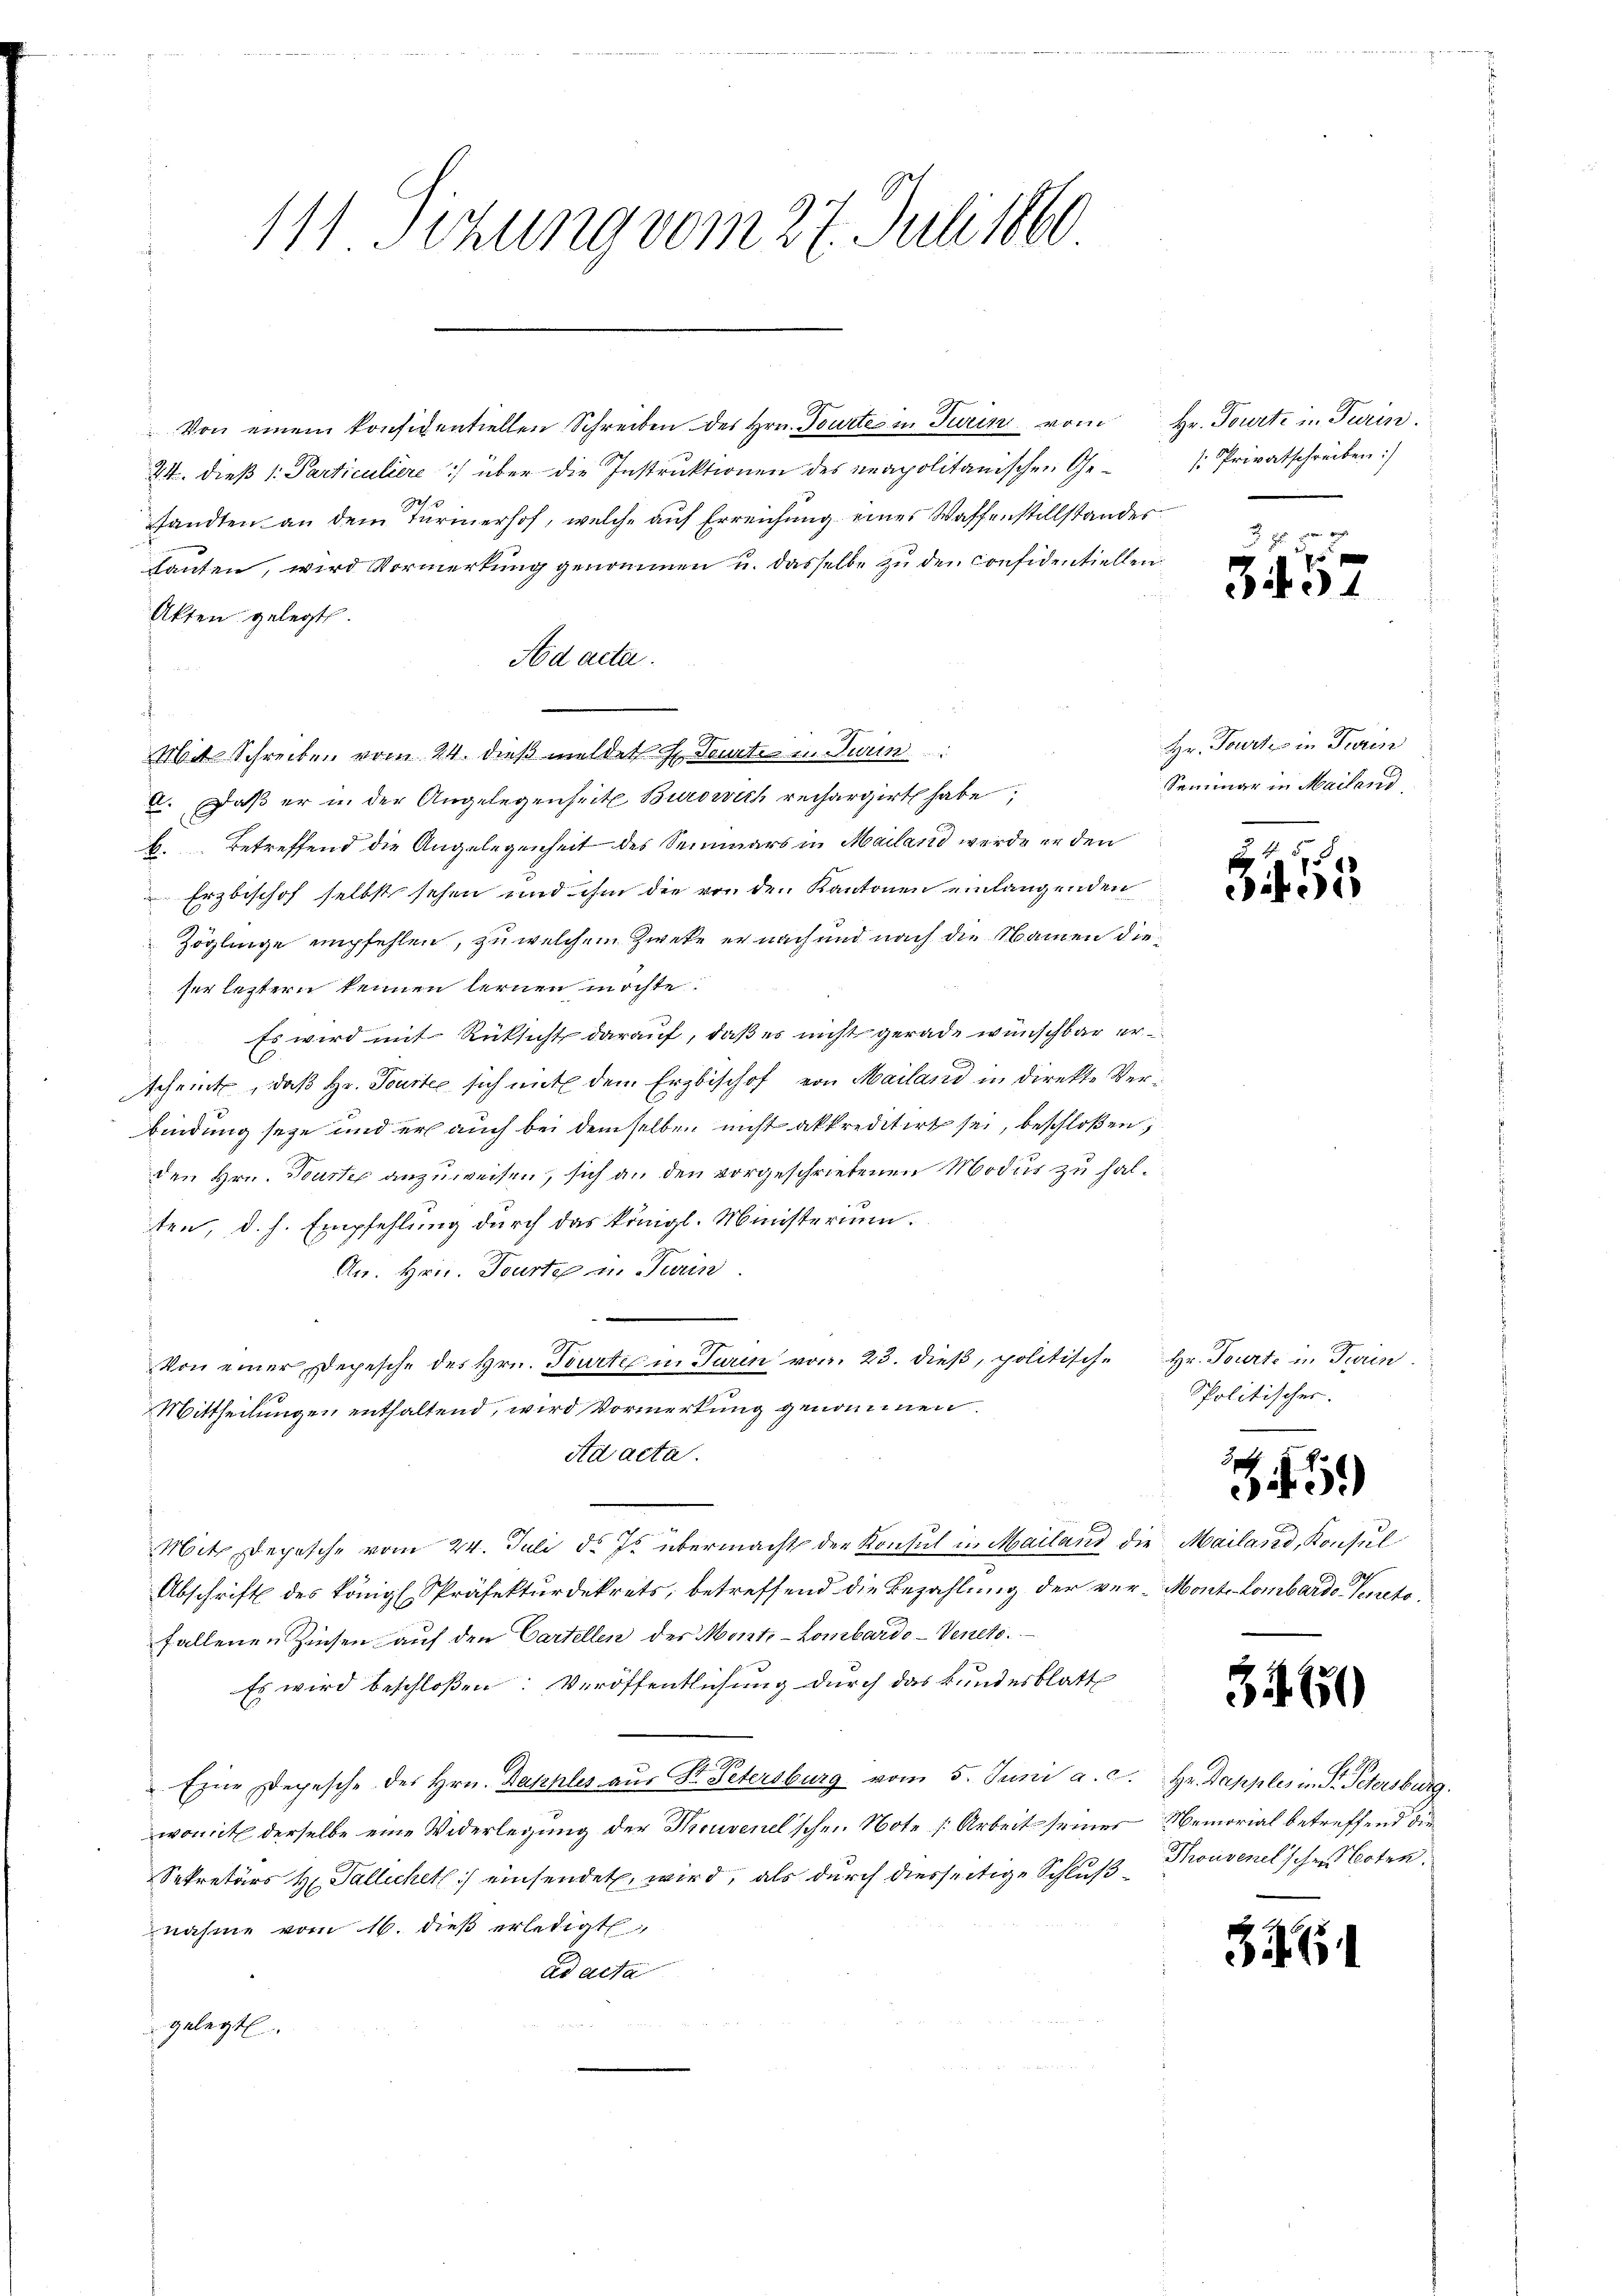
111. Sitzung vom 27. Juli 1860

Von einem konsidentiellen Schreiben des Hrn. Tourtes in Turin vom Hr. Tourti in Turin
24. dieß v. Particuliere) über die Instruktionen des neapolitanischen Gesandten an dem Turinerhof, welche auf Erreichung eines Waffenstillstandes
danten, wird Vormerkung genommen u. dasselbe zu den confidentiellen
Akten gelegt.
Ad acta.
Mit Schreiben vom 24. dieß meldet H. Tante in Turin
2. Daß er in der Angelegenheit Burswith rechargirt habe,
H. Betreffend die Angelegenheit des Semmers in Mailand werde er den
Erzbischof selbst sehen und ihm die von den Kantonen einlangenden
Zöglinge empfehlen, zu welchem Zweke er nach und nach die Namen dieser letztern kennen lernen möchte.
 Es wird mit Rücksichts darauf, daß es nicht gerade wünschbar erscheint, daß Hr. Tourter sich mit dem Erzbischof von Mailand in direkte Verbindung seye und er auch bei demselben nicht akkreditirt sei, beschloßen,
den Hrn. Tourter anzuweisen, sich an den vorgeschriebenen Modus zu halten, d. h. Empfehlung durch das königl. Ministerium.
An. Hrn. Tourte u. Turin
n
Von einer Depesche des Hrn. Tourti in Turin von 23. dieß, politische Hr. Tourte in Turin
Mittheilungen enthaltend, wird Vormerkung genommen.
Ad acta.
Mit Depesche vom 24. Juli d. Js. übermacht der Konsul in Mailand die Mailand, Konsul
Abschrift des Königl. Präfekturdekrets, betreffend die Bezahlung der ver-Monte Lombarde Venetofallenen Zinsen auf den Cartellen des Monte-Lombardo-Veneto
Es wird beschloßen: Veröffentlichung durch das kundesblatt
Eine Depesche des Hrn. Dapples aŭs Dr. Petersburg vom 5. Juni a. c. Hr. Dapples in Dr. Petersburg.
womit derselbe eine Widerlegung der Kreuvenel’schen Note [Arbeit seines Memorial betreffend die
Sekretärs H. Pallichet:/ einsendet wird, als durch diesseitige Schluß Thonvenel’schen Noten.
nahme vom 16. dieß erledigt
ad acta
gelegt.

: Privatschreiben:

u
304

Hr. Tourtis in Turin
Seminar in Mailand

E
15

Spolitischer.

d
e

59)

3460

33